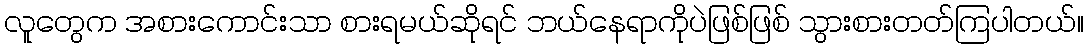
လူတွေက အစားကောင်းသာ စားရမယ်ဆိုရင် ဘယ်နေရာကိုပဲဖြစ်ဖြစ် သွားစားတတ်ကြပါတယ်။